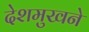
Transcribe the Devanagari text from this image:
देशमुखने